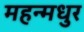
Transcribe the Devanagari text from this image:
महन्मधुर